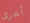
أخرى